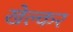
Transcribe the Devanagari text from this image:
खेल्कर